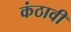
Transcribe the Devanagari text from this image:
कंठावी